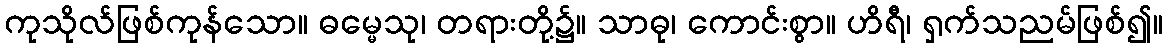
ကုသိုလ်ဖြစ်ကုန်သော။ ဓမ္မေသု၊ တရားတို့၌။ သာဓု၊ ကောင်းစွာ။ ဟိရီ၊ ရှက်သညမ်ဖြစ်၍။